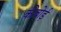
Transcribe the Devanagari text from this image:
कीबोर्ड़